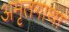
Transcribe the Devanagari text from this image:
अमृतगाथा